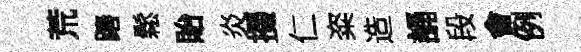
荒蹖鬆貽炎掇仁粢造誦段㑹例